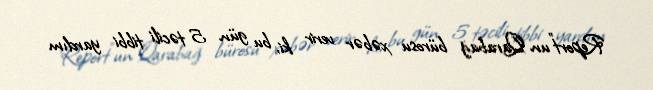
Report"un Qarabağ bürosu xəbər verir ki, bu gün 5 təcili tibbi yardım